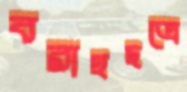
বরাহছত্রে